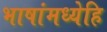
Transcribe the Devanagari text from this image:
भाषांमध्येहि